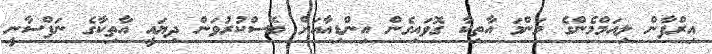
އިރްފާން ލިއަމްމެންގެ މަންމަ އާތިކާ ގޮވައިގެން އިންޑިއާއަށް ބޭސްކުރުވަން ދިޔައީ އާތިކާގެ ނަފްސާނީ